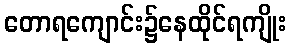
တောရကျောင်း၌နေထိုင်ရကျိုး